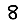
Digit: 8